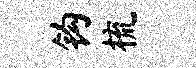
钩梳